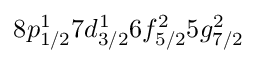
8 p _ { 1 / 2 } ^ { 1 } 7 d _ { 3 / 2 } ^ { 1 } 6 f _ { 5 / 2 } ^ { 2 } 5 g _ { 7 / 2 } ^ { 2 }